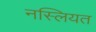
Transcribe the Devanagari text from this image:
नस्लियत